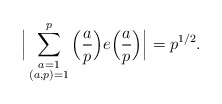
\begin{align*}\Big|\sum_{\substack{a=1\\ (a,p)=1}}^p \Big(\frac{a}{p}\Big)e\Big(\frac{a}{p}\Big)\Big|=p^{1/2}.\end{align*}